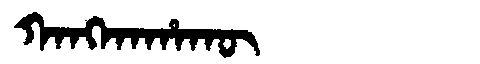
Manchu: ᡴᠠᠩᡴᠠᡥᠠᡴᡡ
Romanization: KANGKAHAKŪ